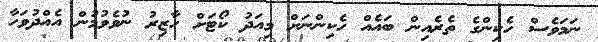
ނަމަވެސް ހެކިންގެ ތެރެއިން ބައެއް ހެކިންނަށް މިއަދު ކޯޓަށް ހާޒިރު ނުވެވުމުން އެއްދުވަހާ